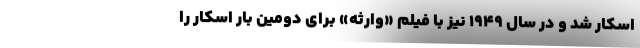
اسکار شد و در سال ۱۹۴۹ نیز با فیلم «وارثه» برای دومین بار اسکار را